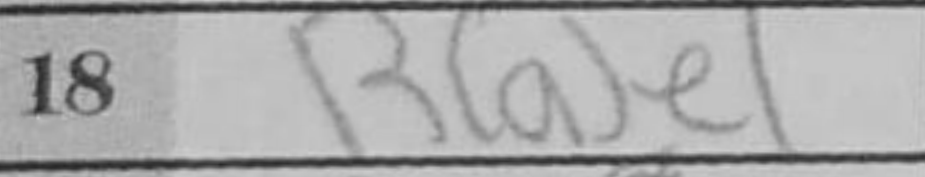
Transcription: Rae1